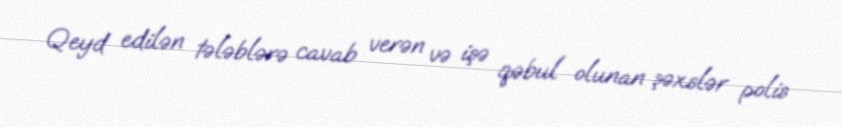
Qeyd edilən tələblərə cavab verən və işə qəbul olunan şəxslər polis